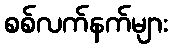
စစ်လက်နက်များ